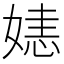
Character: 㜇